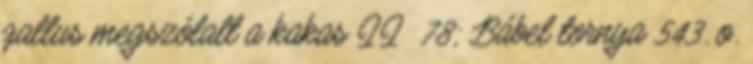
gallus megszólalt a kakas II 78; Bábel tornya 543. o.